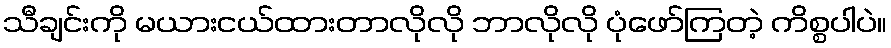
သီချင်းကို မယားငယ်ထားတာလိုလို ဘာလိုလို ပုံဖော်ကြတဲ့ ကိစ္စပါပဲ။